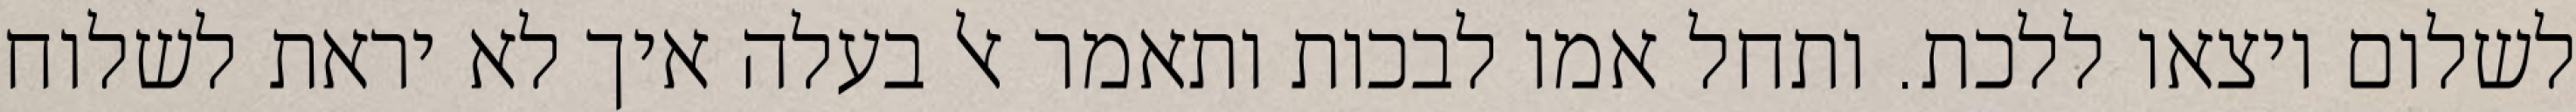
לשלום ויצאו ללכת. ותחל אמו לבכות ותאמר אל בעלה איך לא יראת לשלוח